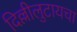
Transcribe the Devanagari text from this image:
दिल्लीलुटायचा